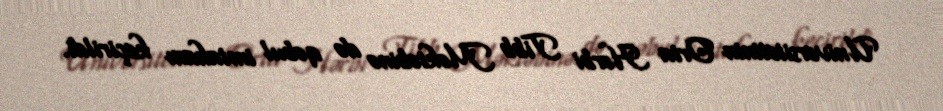
Universitetinin Orta Hərbi Tibb Məktəbinə də qəbul imtahanı keçirildi.